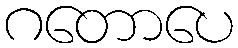
ဂတောပေ